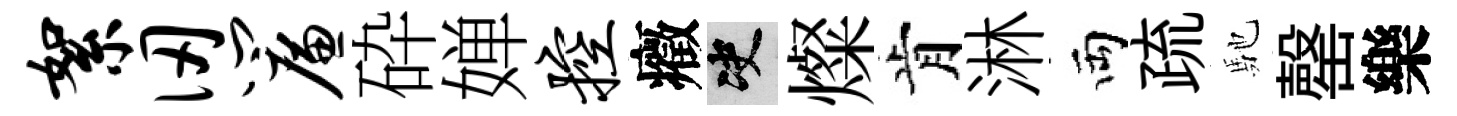
絮仞帘砕婵控癥决燦肯淋両疏馳罄樂